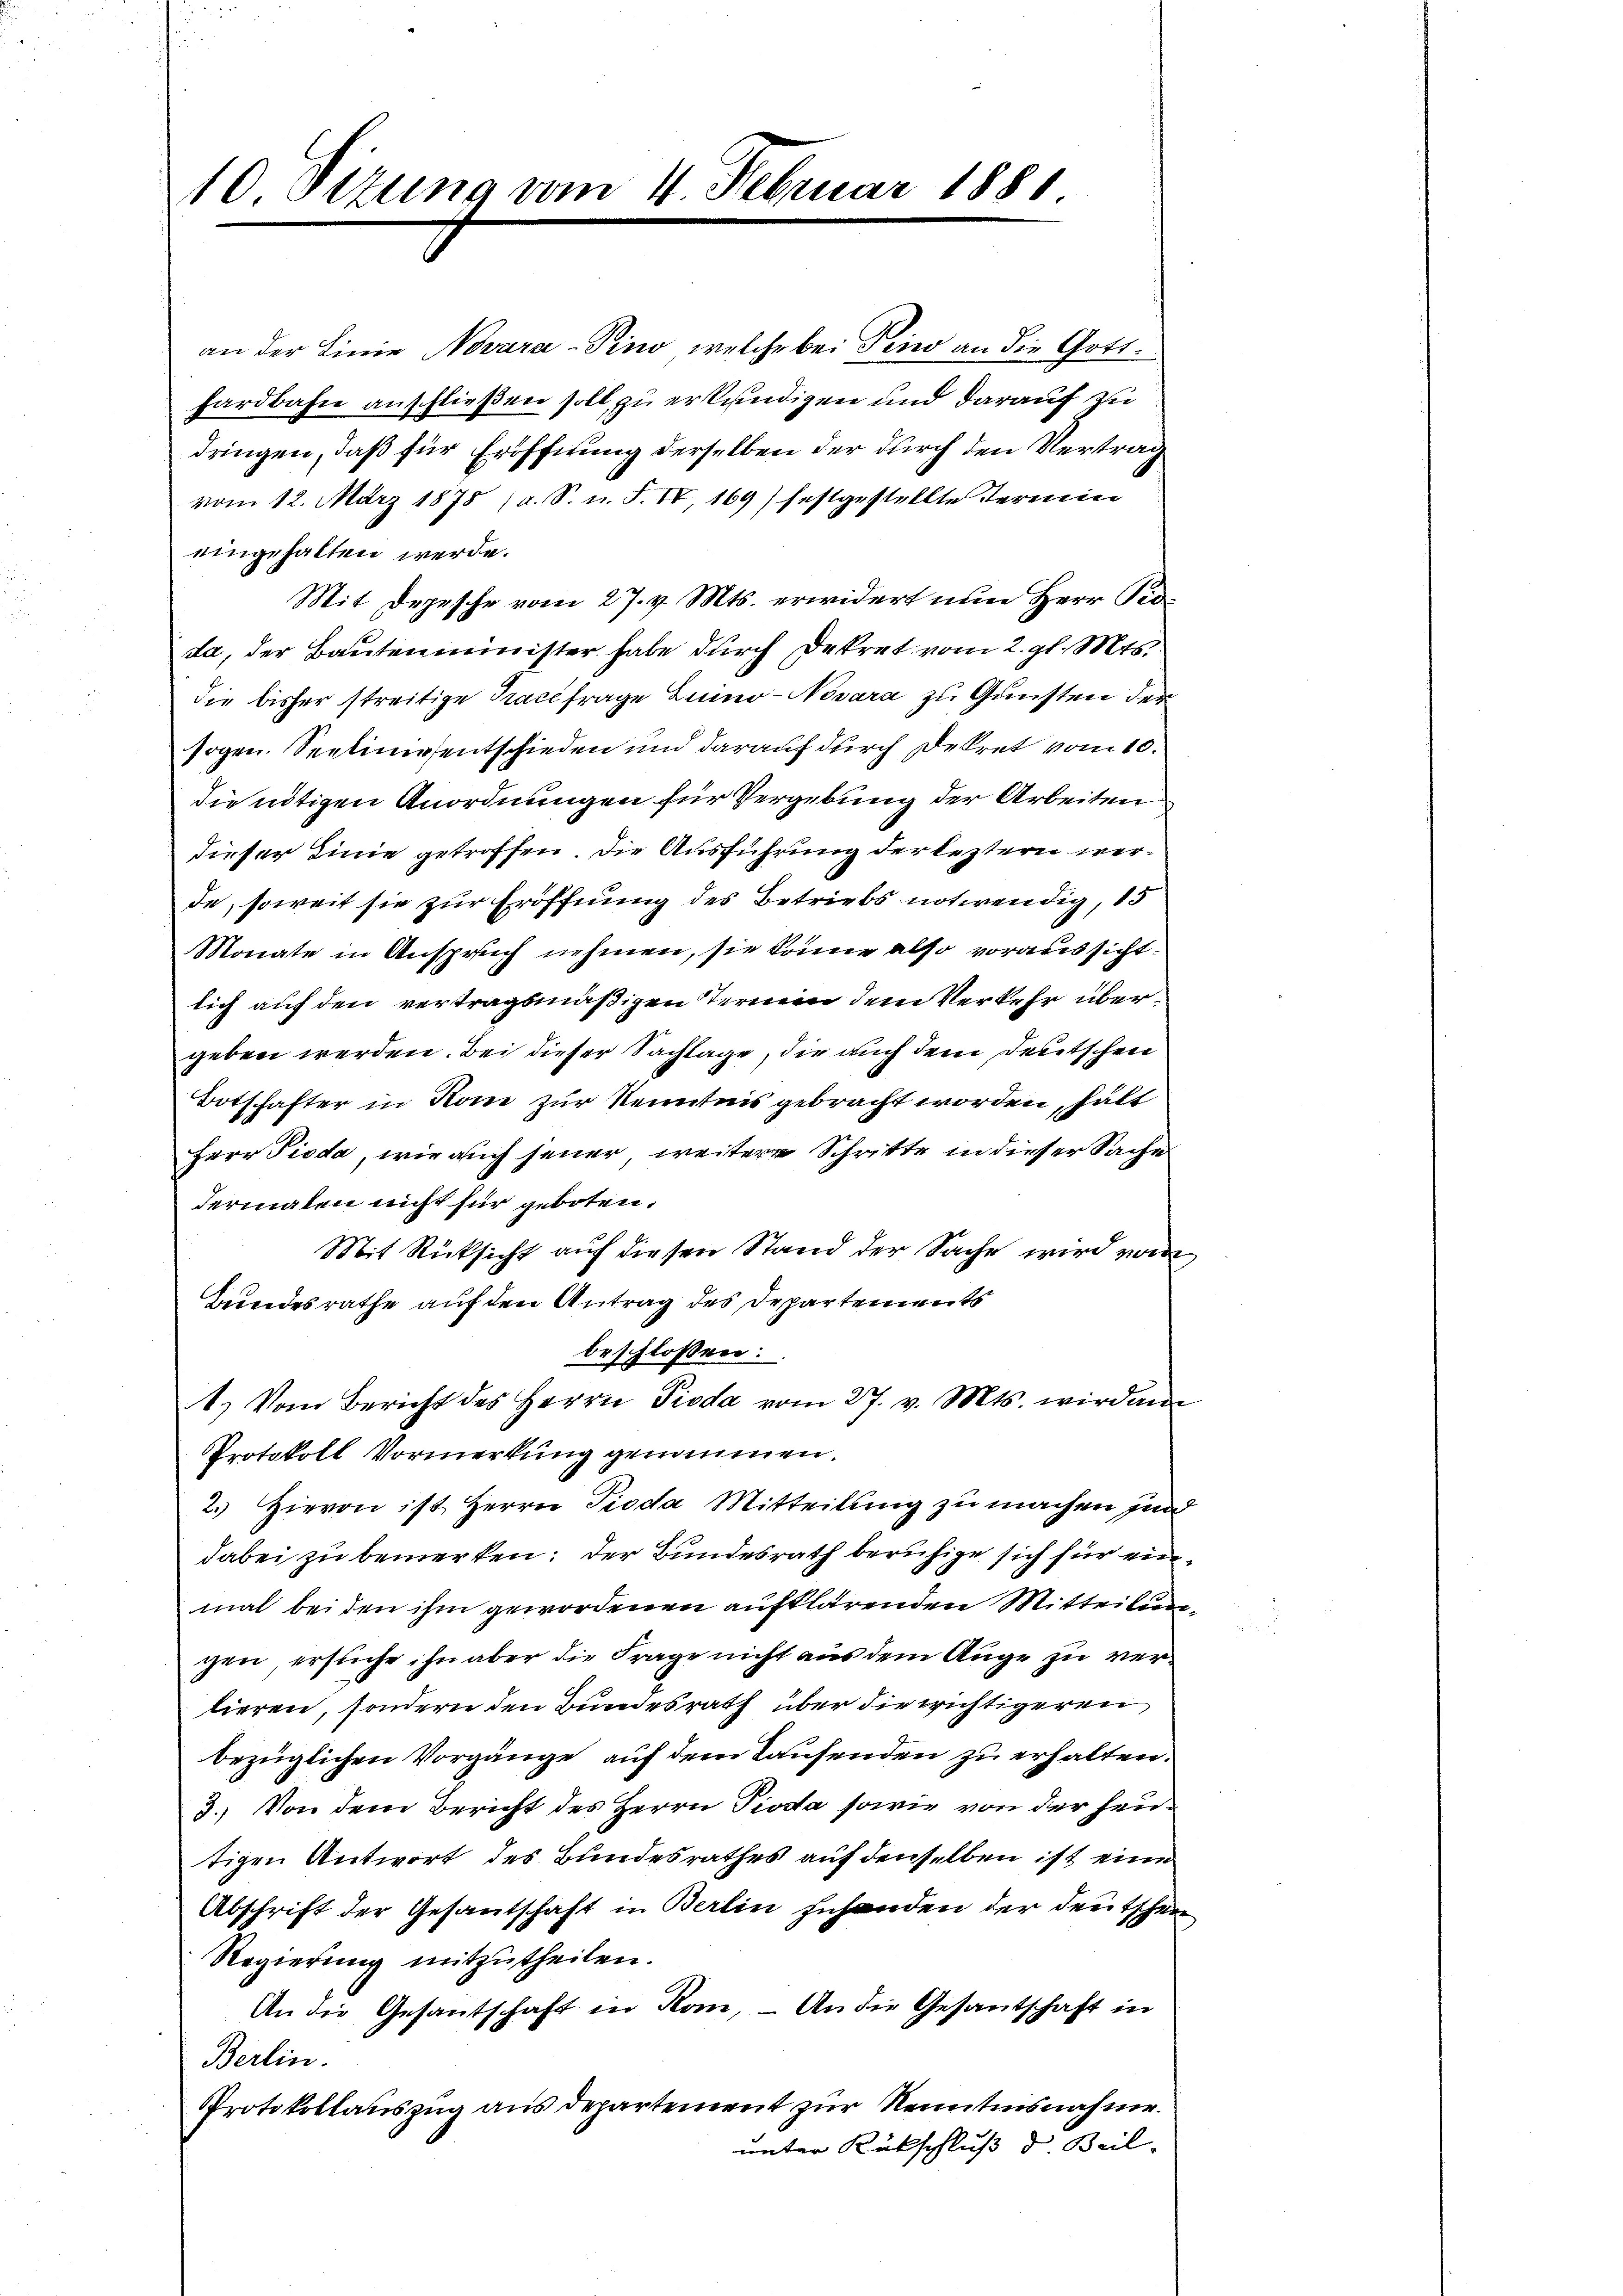
an der Linie Novara-Pino, welche bei Peio an die Gotthardbahn anschließen soll, zu erkundigen und darauf zu
dringen, daß für Eröffnung derselben der durch den Vertrag
vom 12. März 1878 (a. S. n. F. IV, 169) festgestellte Termin
eingehalten werde.
Mit Depesche vom 27. v. Mts. erwidert nun Herr Proda, der Bautenminister habe durch Dekret vom 2. gl. Mts.
die bisher streitige Tracefrage Luino - Novara zu Gunsten der
sogen. Seelinesentschieden und darauf durch Dekret vom 10.
die nötigen Anordnungen für Vergebung der Arbeiten
dieser Linie getroffen. Die Ausführung der leztern werde, soweit sie zur Eröffnung des Betriebs notwendig, 15
Monate in Anspruch nehmen, sie könne also voraussicht.
lich auf den vertragsmäßigen Termin dem Verkehr übergeben werden. Bei dieser Sachlage, die auch dem deutschen
Botschafter in Kom zur Kenntnis gebracht worden, hätt
Herr Pioda, wie auch feuer weitere Schritte in dieser Sache
dermalen nicht für geboten.
Mit Rücksicht auf diesen Stand der Sache wird vom
Bundesrathe auf den Antrag des Departements
beschlossen:
1.) Vom Bericht des Herrn Pioda vom 27. v. Mts. wird an
Protokoll Vormerkung genommen.
2.) Hievon ist Herrn Pioda Mitteilung zu machen jun
dabei zu bemerken: Der Bundesrath beruhige sich für ein
mal beiden ihm gewordenen aufklärenden Mitteilungen ersuche ihn aber die Frage nicht aus dem Auge zu verlieren, sondern den Bundesrath über die wichtigeren
bezüglichen Vorgänge auf dem Laufenden zu erhalten.
3.) Von dem Bericht des Herrn Pioda sowie von der heutigen Antwort des Bundesrathes auf denselben ist eine
Abschrift der Gesantschaft in Berlin zuhanden der deutschen
Regierung mitzutheilen.
An die Gesantschaft in Kon, – An die Gesantschaft in
Berlin.
Protokollauszug aus Departement zur Kenntnisnahme.
unter Rückschluß d. Beil.

10. Sizung vom 4. Februa

1881